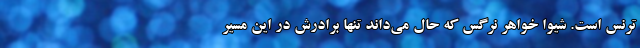
ترنس است. شیوا خواهر نرگس که حال می‌داند تنها برادرش در این مسیر